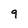
Character: 9